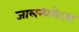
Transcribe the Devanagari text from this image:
जालन्धरोऽथ